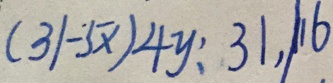
( 3 1 - 5 x ) 4 y : 3 1 , \vert 1 6